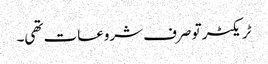
ٹریکٹر تو صرف شروعات تھی۔